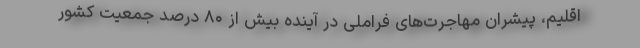
اقليم، پيشران مهاجرت‌های فراملی در آينده بیش از ۸۰ درصد جمعیت کشور